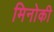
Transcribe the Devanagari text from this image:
मिनोकी